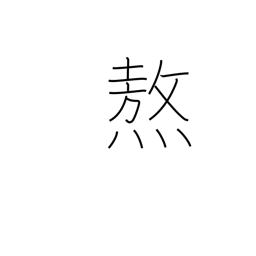
Meaning: roast